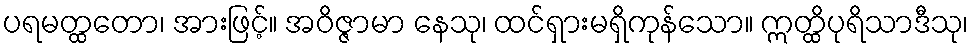
ပရမတ္ထတော၊ အားဖြင့်။ အဝိဇ္ဇာမာ နေသု၊ ထင်ရှားမရှိကုန်သော။ ဣတ္ထိပုရိသာဒီသု၊